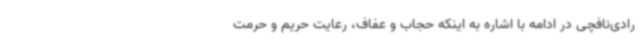
رادی‌نافچی در ادامه با اشاره به اینکه حجاب و عفاف، رعایت حریم و حرمت